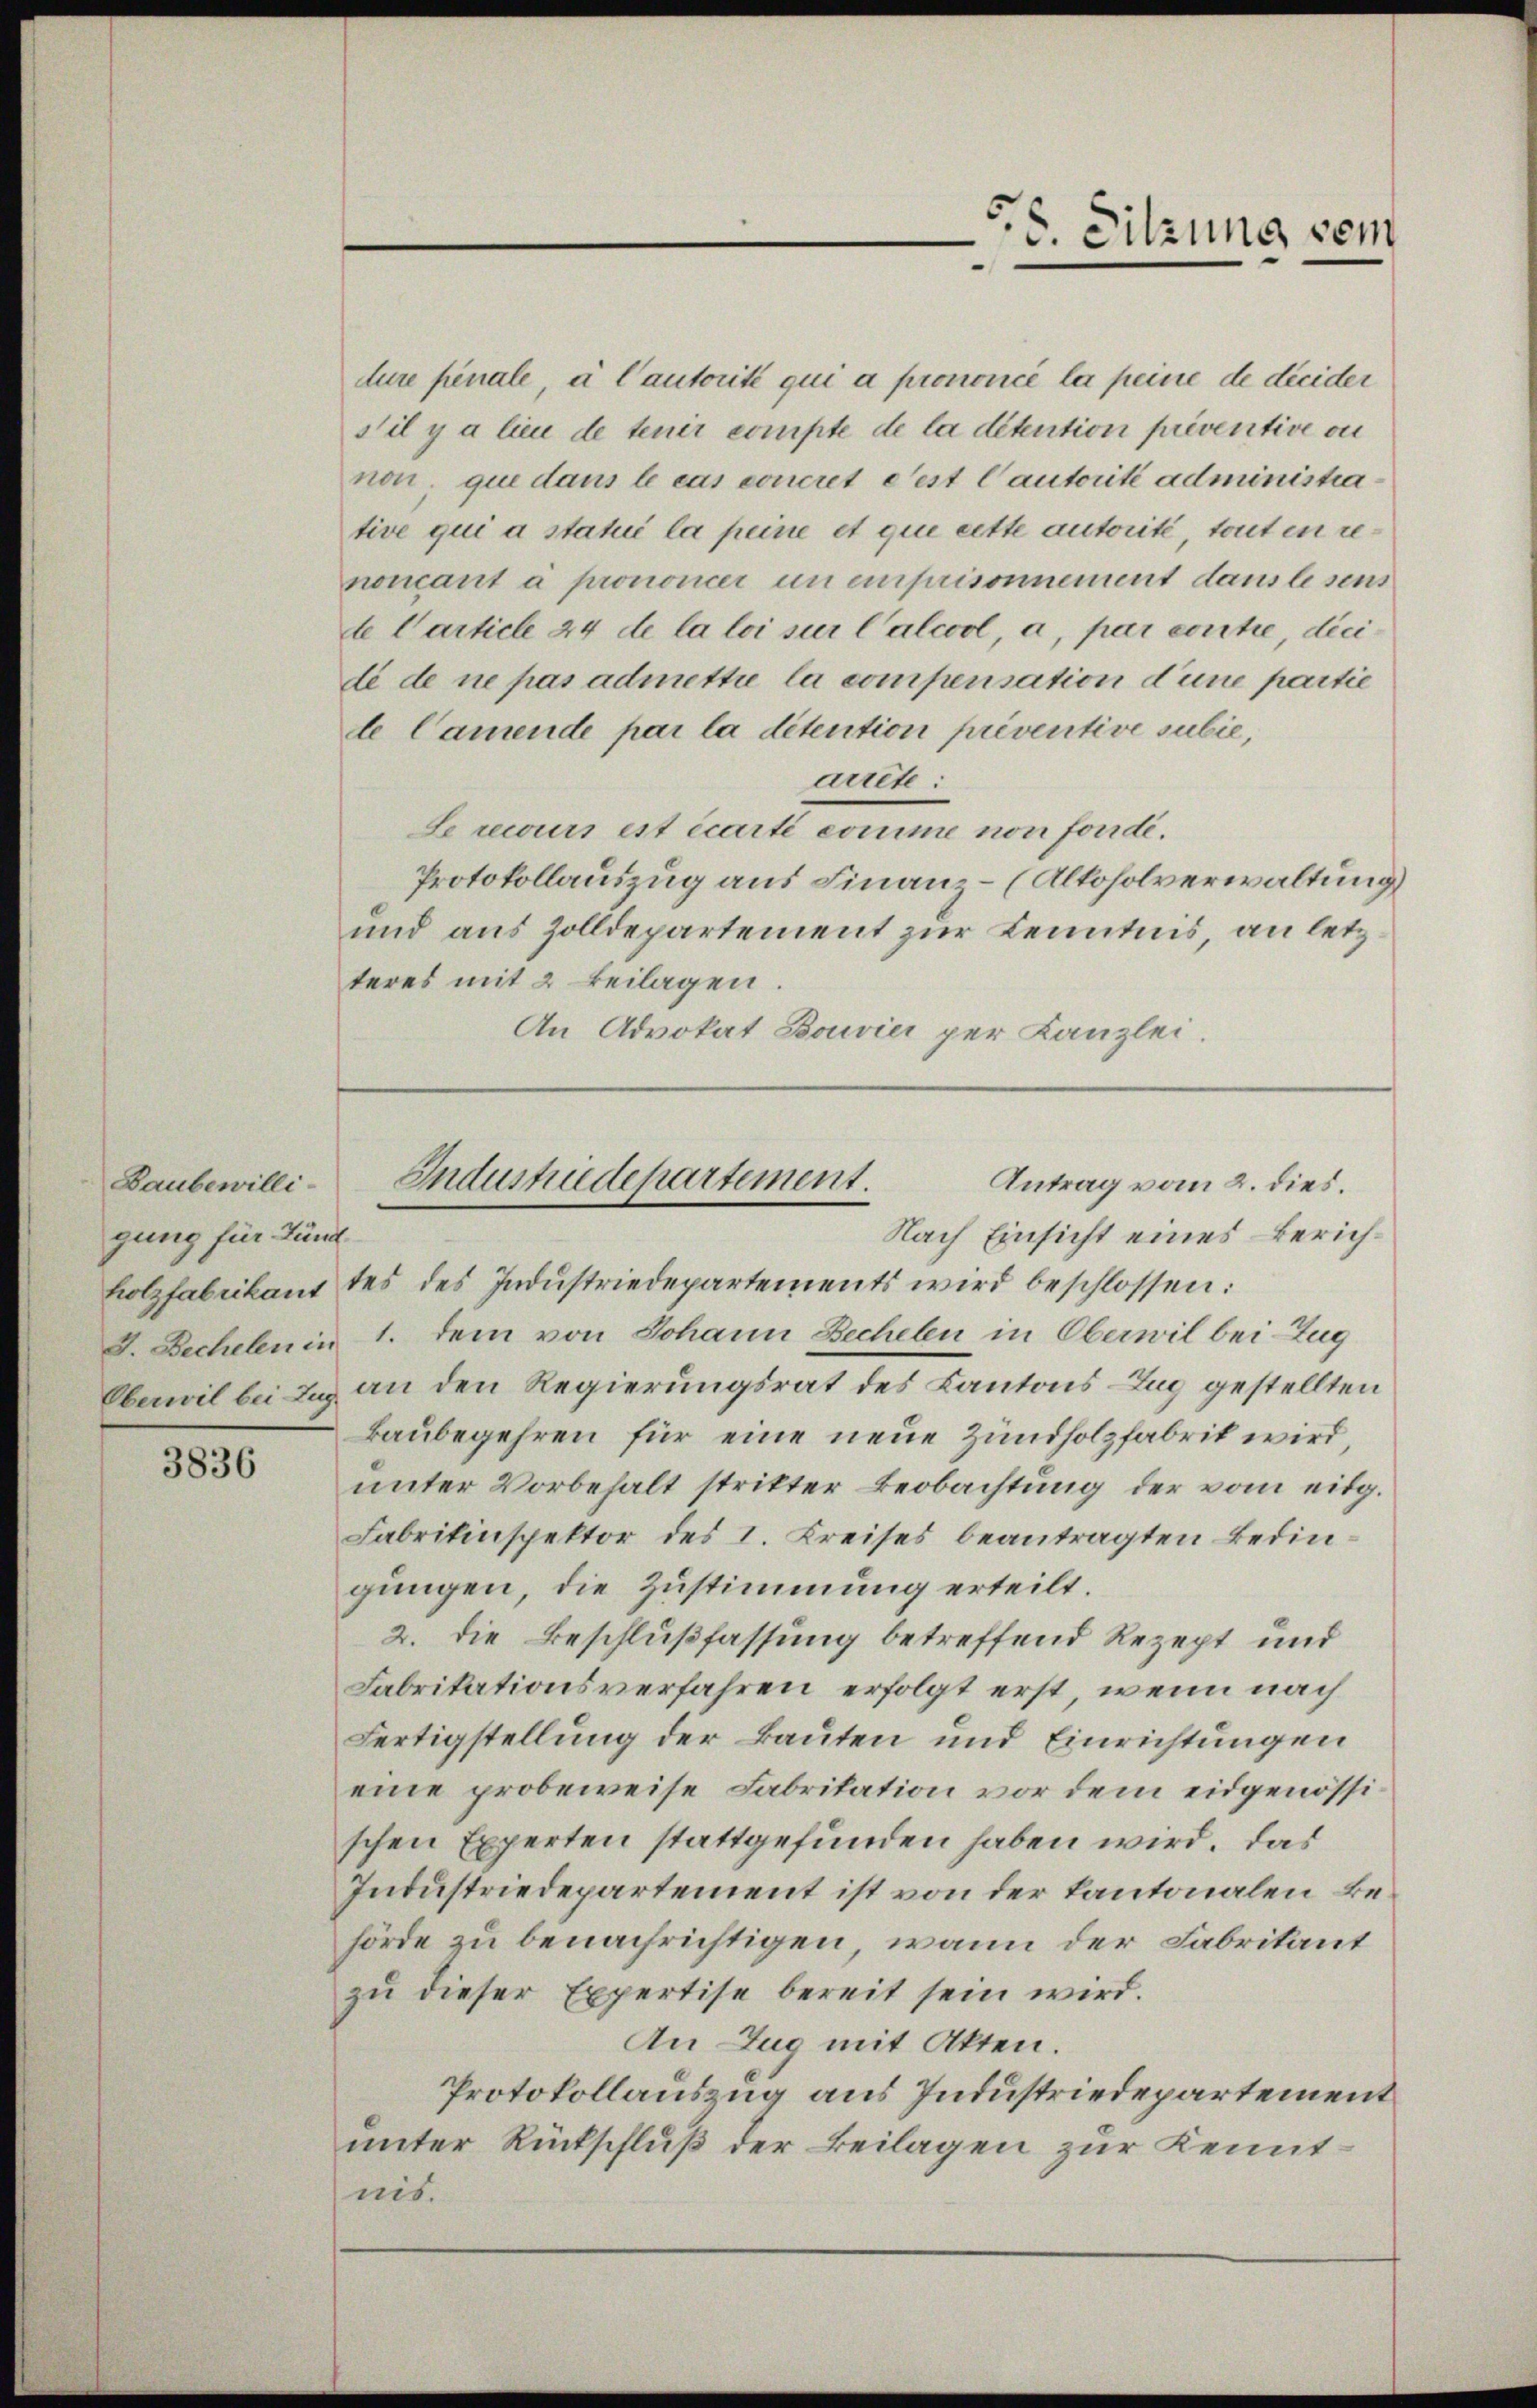
Baubewilligung für Fund

3836

5.6. Sitzung vom

dure penale, à l’autorité qui a prononcé la peine de dicider
s’il y a lieu de tenir compte de la détention préventive ou
non, que dans le cas concret dest Cautorité administrative qui a statué la peine et que cette autorité, tout in renoucant à pronomer un einprisonnement dans lesens
de Carticle 44 de la loi sur Calcool, a, par contie, dicide de ne pas admettie la compensation d’une partie
te Camende par la détention préventive subie,
arrete:
Le recurs est écarti comme non forde.
Protokollauszug aus Finanz- (Altoholverwaltung)
und aus Zolldepartement zur Kenntnis, an letzteres mit 2 beilagen.
An Advokat Bouvier per Kanzlei.

holzfabrikant des des Indŭstriedepartements wird beschlossen:
I. Dechelen in 1. dem von Johann Bechelen in Oberwil bei Zug
Oberwil bei Laz an den Regierungsrat des Kantons-Zug gestellten
Baubegehren für eine neue Zündholzfabrik wird,
unter Vorbehalt stritter Beobachtung der vom eidg.
Fabrikinspektor des I. Kreises beantragten Bedingungen, die Zustimmung erteilt.
2. die Beschlußfassung betreffend Rezept und
Fabrikationsverfahren erfolgt erst, wenn nach
Fertigstellung der Bauten und Einrichtungen
eine probeweise Fabritation vor dem eidgenössischen Experten stattgefunden haben wird. Das
Industriedepartement ist von der Kantonalen Behörde zu benachrichtigen, wann der Fabrikant
zu dieser Expertise bereit sein wird.
An Zug mit Akten.
Protokollauszug aus Industriedepartement
unter Rückschluß der Beilagen zur Kenntais.

Industriedepartement.
Antrag vom 2. dies.
Nach Einsicht eines Zürich¬